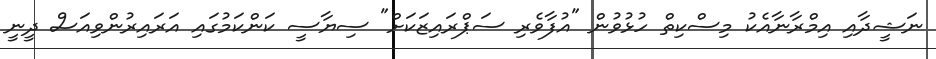
ނަޝީދާއި އިމްރާނާއެކު މިސްކިތް ހުޅުވުން "އުފާވެރި ސަޕްރައިޒަކަށް" ސިޔާސީ ކަންކަމުގައި އަރައިރުންވިއަސް ދީނީ